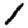
Digit: 1